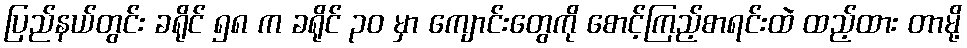
ပြည်နယ်တွင်း ခရိုင် ၅၈ က ခရိုင် ၃၀ မှာ ကျောင်းတွေကို စောင့်ကြည့်စာရင်းထဲ ထည့်ထား တာမို့